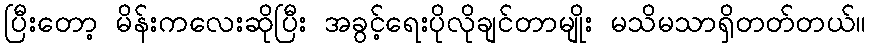
ပြီးတော့ မိန်းကလေးဆိုပြီး အခွင့်ရေးပိုလိုချင်တာမျိုး မသိမသာရှိတတ်တယ်။